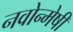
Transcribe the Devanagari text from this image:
नवोन्‍मेषी